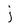
Character: i